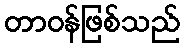
တာဝန်ဖြစ်သည်